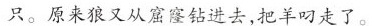
只。原来狼又从窟窿钻进去，把羊叼走了。